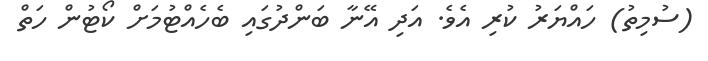
(ސުމިތު) ހައްޔަރު ކުރި އެވެ. އަދި އޭނާ ބަންދުގައި ބެހެއްޓުމަށް ކޯޓުން ހަތް